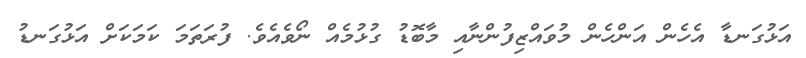
އަޅުގަނޑާ އެހެން އަންހެން މުވައްޒިފުންނާއި މާބޮޑު ގުޅުމެއް ނޯވެއެވެ. ފުރަތަމަ ކަމަކަށް އަޅުގަނޑު